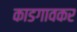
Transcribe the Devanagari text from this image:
काडगावकर